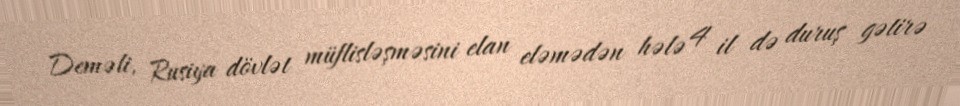
Deməli, Rusiya dövlət müflisləşməsini elan eləmədən hələ 4 il də duruş gətirə